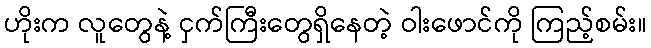
ဟိုးက လူတွေနဲ့ ငှက်ကြီးတွေရှိနေတဲ့ ဝါးဖောင်ကို ကြည့်စမ်း။